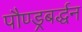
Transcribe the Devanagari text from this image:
पौण्ड्रबर्द्धन